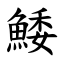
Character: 鯘